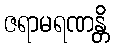
ဇရာမရဏန္တိ